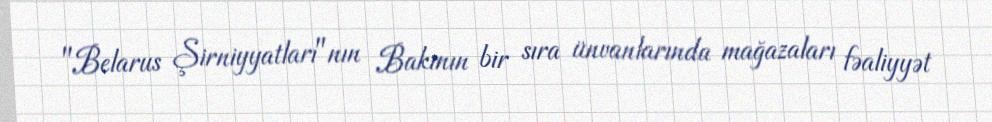
"Belarus Şirniyyatları"nın Bakının bir sıra ünvanlarında mağazaları fəaliyyət